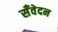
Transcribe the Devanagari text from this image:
सँवेदन